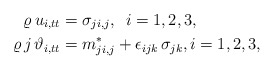
\begin{align*} \varrho \, {u}_{i,tt}&=\sigma_{ji,j} , \ \, i=1,2,3,\\ \varrho \,j\, {\vartheta}_{i,tt}&=m_{ji,j}^* + \epsilon_{ijk}\,\sigma_{jk} , i=1,2,3,\end{align*}